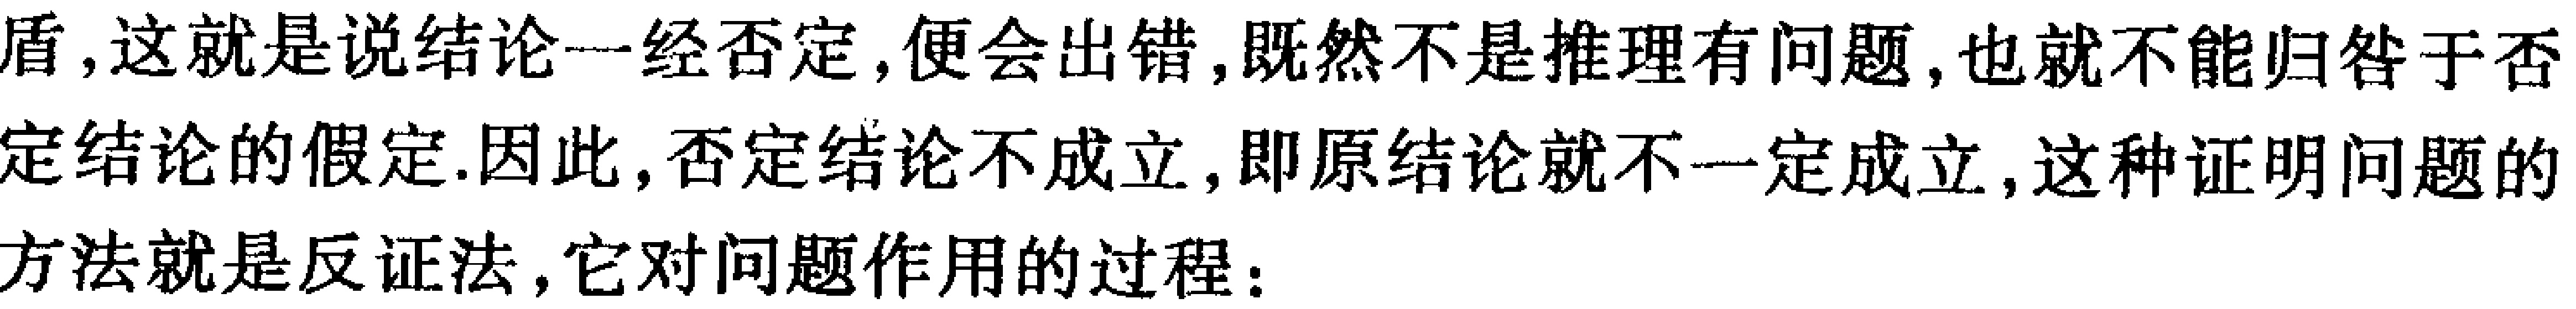
盾，这就是说结论一经否定，便会出错，既然不是推理有问题，也就不能归咎于否定结论的假定.因此，否定结论不成立，即原结论就不一定成立，这种证明问题的方法就是反证法，它对问题作用的过程：